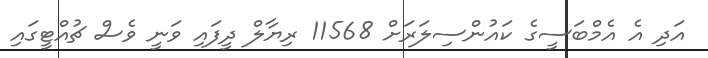
އަދި އެ އެމްބަސީގެ ކައުންސިލަރަށް 11568 ރިޔާލް ދީފައި ވަނީ ވެސް ޗުއްޓީގައި